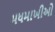
મધમાખીઓ